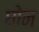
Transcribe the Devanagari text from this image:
घोन